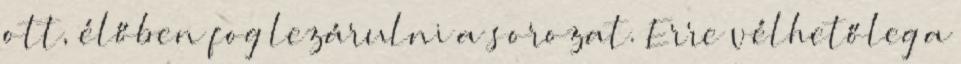
ott, élőben fog lezárulni a sorozat. Erre vélhetőleg a